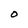
Character: 0